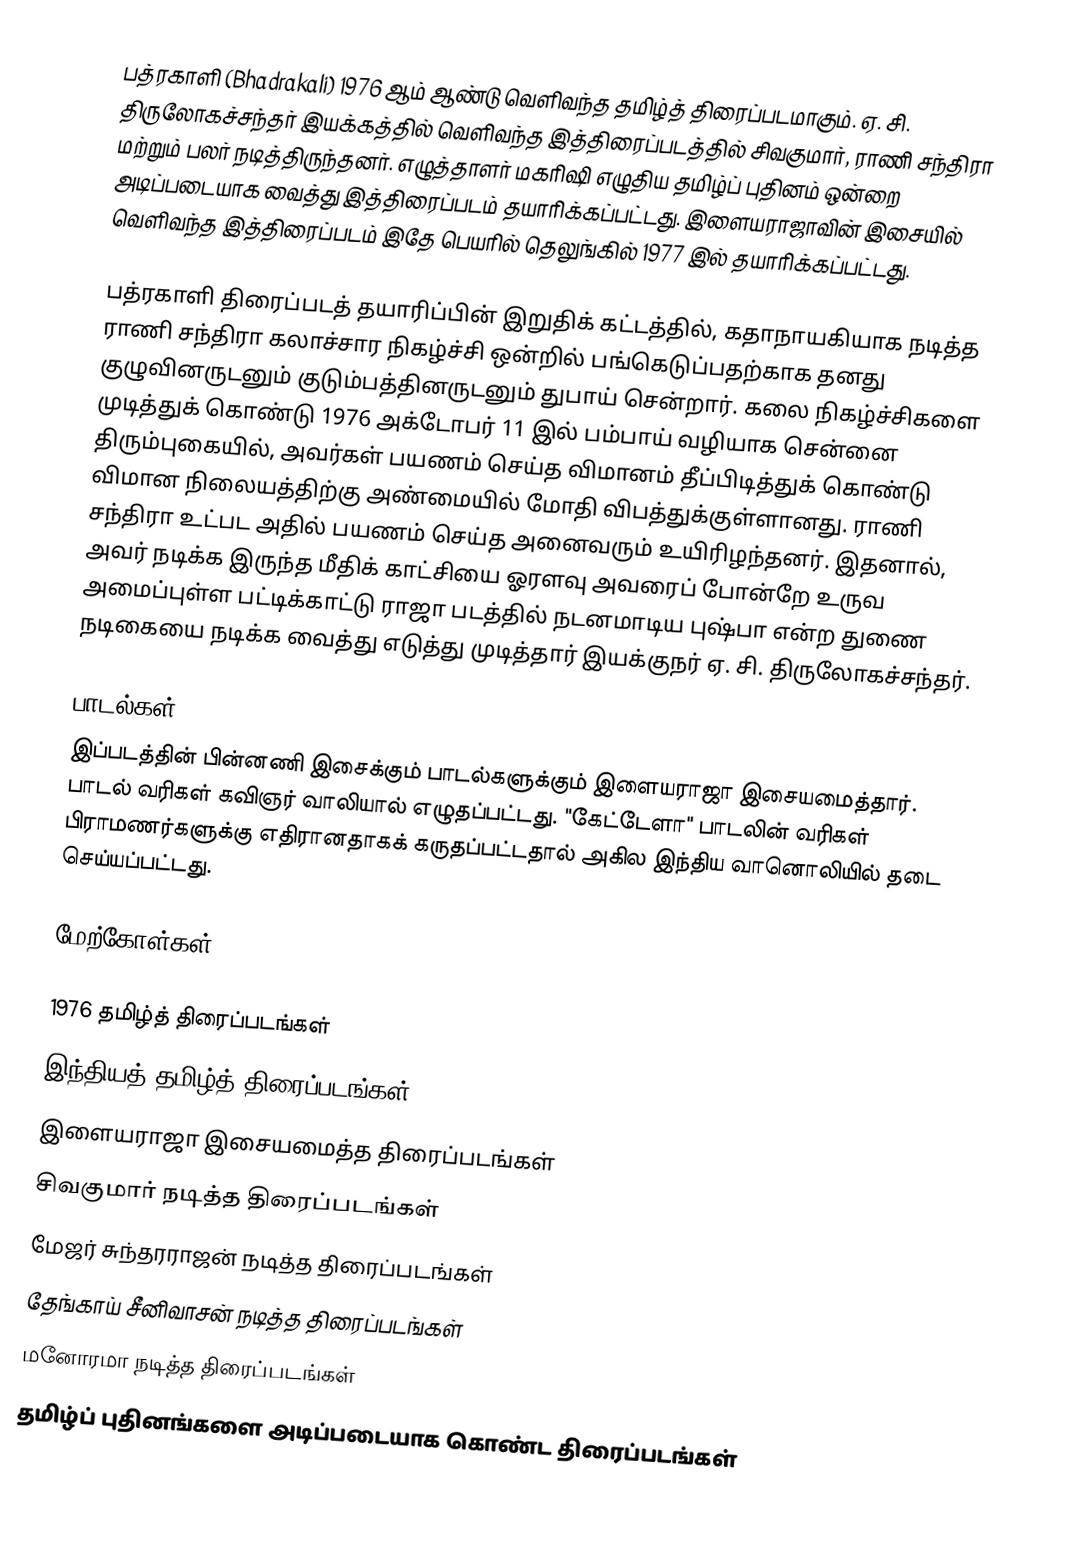
பத்ரகாளி (Bhadrakali) 1976 ஆம் ஆண்டு வெளிவந்த தமிழ்த் திரைப்படமாகும். ஏ. சி. திருலோகச்சந்தர் இயக்கத்தில் வெளிவந்த இத்திரைப்படத்தில் சிவகுமார், ராணி சந்திரா மற்றும் பலர் நடித்திருந்தனர்.  எழுத்தாளர் மகரிஷி எழுதிய தமிழ்ப் புதினம் ஒன்றை அடிப்படையாக வைத்து இத்திரைப்படம் தயாரிக்கப்பட்டது. இளையராஜாவின் இசையில் வெளிவந்த இத்திரைப்படம் இதே பெயரில் தெலுங்கில் 1977 இல் தயாரிக்கப்பட்டது.

பத்ரகாளி திரைப்படத் தயாரிப்பின் இறுதிக் கட்டத்தில், கதாநாயகியாக நடித்த ராணி சந்திரா கலாச்சார நிகழ்ச்சி ஒன்றில் பங்கெடுப்பதற்காக தனது குழுவினருடனும் குடும்பத்தினருடனும் துபாய் சென்றார். கலை நிகழ்ச்சிகளை முடித்துக் கொண்டு 1976 அக்டோபர் 11 இல் பம்பாய் வழியாக சென்னை திரும்புகையில், அவர்கள் பயணம் செய்த விமானம் தீப்பிடித்துக் கொண்டு விமான நிலையத்திற்கு அண்மையில் மோதி விபத்துக்குள்ளானது. ராணி சந்திரா உட்பட அதில் பயணம் செய்த அனைவரும் உயிரிழந்தனர். இதனால், அவர் நடிக்க இருந்த மீதிக் காட்சியை ஓரளவு அவரைப் போன்றே உருவ அமைப்புள்ள பட்டிக்காட்டு ராஜா படத்தில் நடனமாடிய புஷ்பா என்ற துணை நடிகையை நடிக்க வைத்து எடுத்து முடித்தார் இயக்குநர் ஏ. சி. திருலோகச்சந்தர்.

பாடல்கள்
இப்படத்தின் பின்னணி இசைக்கும் பாடல்களுக்கும் இளையராஜா இசையமைத்தார். பாடல் வரிகள் கவிஞர் வாலியால் எழுதப்பட்டது. "கேட்டேளா" பாடலின் வரிகள் பிராமணர்களுக்கு எதிரானதாகக் கருதப்பட்டதால் அகில இந்திய வானொலியில் தடை செய்யப்பட்டது.

மேற்கோள்கள்

1976 தமிழ்த் திரைப்படங்கள்
இந்தியத் தமிழ்த் திரைப்படங்கள்
இளையராஜா இசையமைத்த திரைப்படங்கள்
சிவகுமார் நடித்த திரைப்படங்கள்
மேஜர் சுந்தரராஜன் நடித்த திரைப்படங்கள்
தேங்காய் சீனிவாசன் நடித்த திரைப்படங்கள்
மனோரமா நடித்த திரைப்படங்கள்
தமிழ்ப் புதினங்களை அடிப்படையாக கொண்ட திரைப்படங்கள்